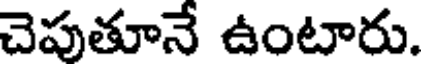
చెపుతూనే ఉంటారు.